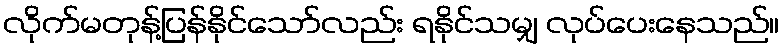
လိုက်မတုန့်ပြန်နိုင်သော်လည်း ရနိုင်သမျှ လုပ်ပေးနေသည်။